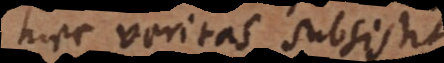
haec veritas subsistit.